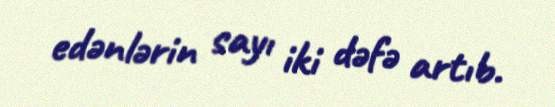
edənlərin sayı iki dəfə artıb.